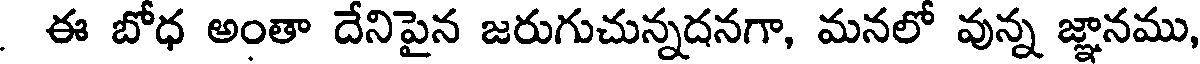
ఈ బోధ అంతా దేనిపైన జరుగుచున్నదనగా, మనలో వున్న జ్ఞానము,